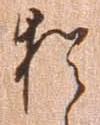
猶